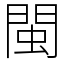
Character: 閩